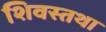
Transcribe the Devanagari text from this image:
शिवस्तथा